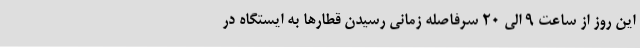
این روز از ساعت 9 الی 20 سرفاصله زمانی رسیدن قطارها به ایستگاه در